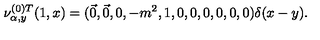
\nu _ { \alpha , y } ^ { ( 0 ) T } ( 1 , x ) = ( \vec { 0 } , \vec { 0 } , 0 , - m ^ { 2 } , 1 , 0 , 0 , 0 , 0 , 0 , 0 ) \delta ( x - y ) .